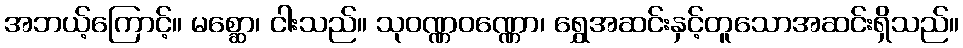
အဘယ့်ကြောင့်။ မစ္ဆော၊ ငါးသည်။ သုဝဏ္ဏဝဏ္ဏော၊ ရွှေအဆင်းနှင့်တူသောအဆင်းရှိသည်။